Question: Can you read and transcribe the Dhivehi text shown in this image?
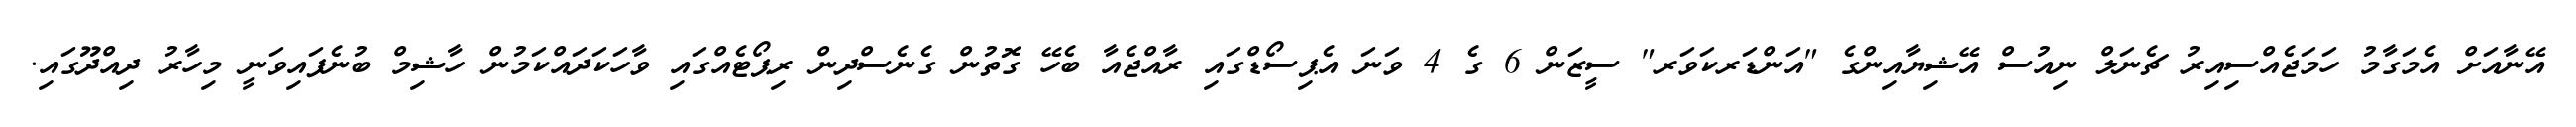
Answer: އޭނާއަށް އެމަގާމު ހަމަޖެއްސިއިރު ޗެނަލް ނިއުސް އޭޝިޔާއިންގެ "އަންޑަރކަވަރ" ސީޒަން 6 ގެ 4 ވަނަ އެޕިސޯޑްގައި ރާއްޖެއާ ބެހޭ ގޮތުން ގެނެސްދިން ރިޕޯޓެއްގައި ވާހަކަދައްކަމުން ހާޝިމް ބުނެފައިވަނީ މިހާރު ދިއްދޫގައި.